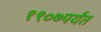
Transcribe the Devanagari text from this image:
१९०७पर्यंत